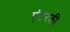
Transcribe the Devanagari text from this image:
एंटरकी